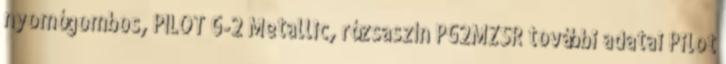
nyomógombos, PILOT G-2 Metallic, rózsaszín PG2MZSR további adatai Pilot